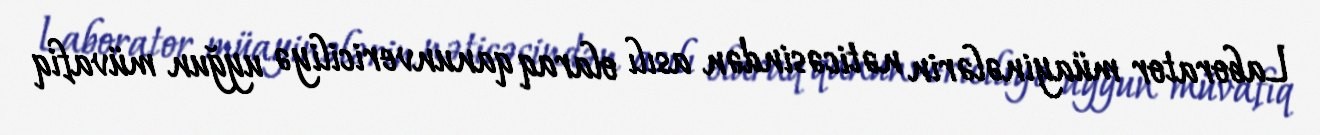
Laborator müayinələrin nəticəsindən asılı olaraq qanunvericiliyə uyğun müvafiq